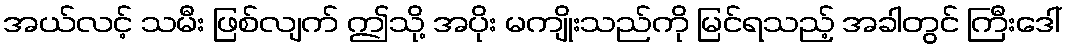
အယ်လင့် သမီး ဖြစ်လျက် ဤသို့ အပိုး မကျိုးသည်ကို မြင်ရသည့် အခါတွင် ကြီးဒေါ်